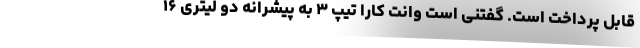
قابل پرداخت است. گفتنی است وانت کارا تیپ ۳ به پیشرانه دو لیتری ۱۶